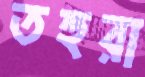
তহুরা